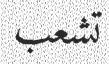
تشعب